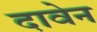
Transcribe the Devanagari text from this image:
दावेन